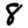
Digit: 8